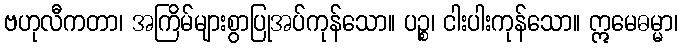
ဗဟုလီကတာ၊ အကြိမ်များစွာပြုအပ်ကုန်သော။ ပဉ္စ၊ ငါးပါးကုန်သော။ ဣမေဓမ္မာ၊